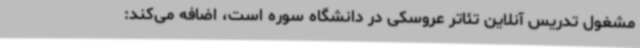
مشغول تدریس آنلاین تئاتر عروسکی در دانشگاه سوره است، اضافه می‌کند: